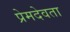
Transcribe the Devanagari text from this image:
प्रेमदेवता